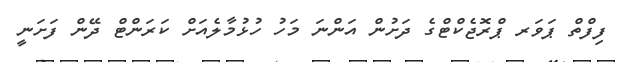
ފިފްތް ޕަވަރ ޕްރޮޖެކްޓްގެ ދަށުން އަންނަ މަހު ހުޅުމާލެއަށް ކަރަންޓް ދޭން ފަށަނީ